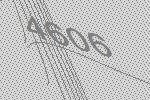
4606